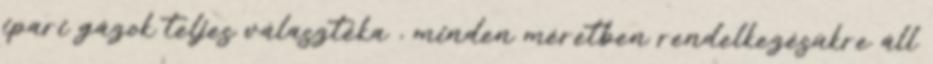
ipari gázok teljes választéka , minden méretben rendelkezésükre áll